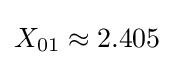
X_{01}\approx 2.405